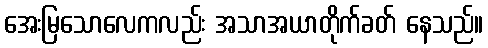
အေးမြသောလေကလည်း အသာအယာတိုက်ခတ် နေသည်။